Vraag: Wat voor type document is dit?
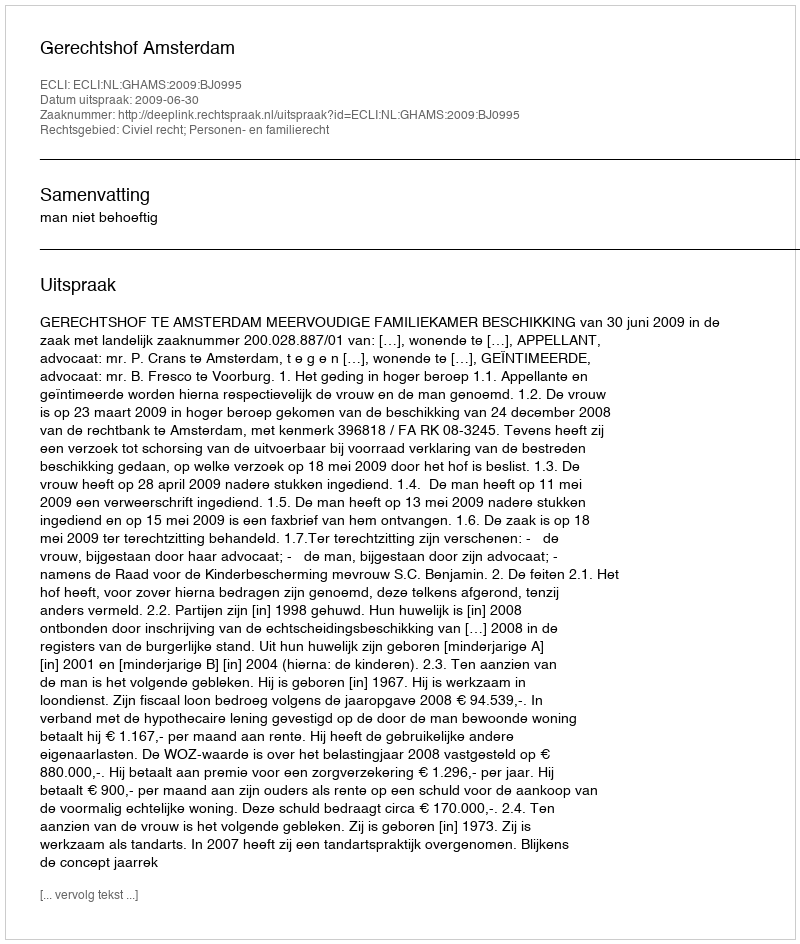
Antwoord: Uitspraak